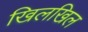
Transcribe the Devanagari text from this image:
खिलखिल